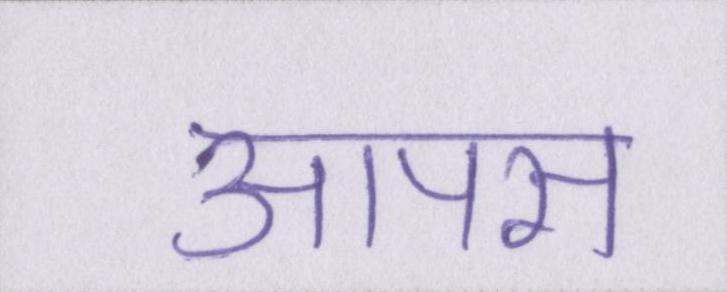
आपस